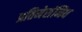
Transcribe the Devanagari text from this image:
प्रतिमेसंनिध